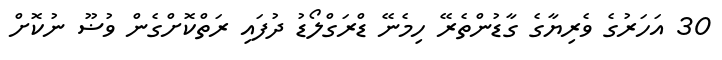
30 އަހަރުގެ ވެރިޔާގެ ގާޑުންތެރޭ ހިމެނޭ ޑްރަގްލޯޑު ދުފައި ރަތްކޮށްގެން ވުޟޫ ނުކޮށް